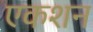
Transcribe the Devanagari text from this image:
एकशन